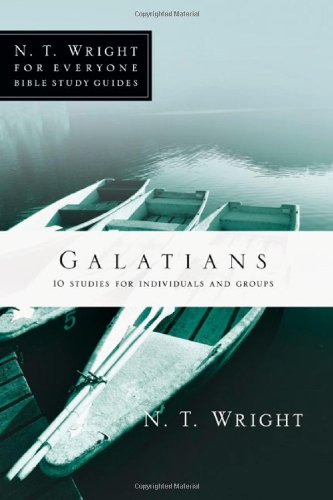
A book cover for Galatians (N. T. Wright for Everyone Bible Study Guides); N. T. Wright; Christian Books & Bibles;